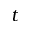
t